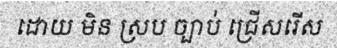
ដោយ មិន ស្រប ច្បាប់ ជ្រើសរើស